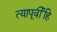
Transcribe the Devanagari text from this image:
त्यापूर्वीहि